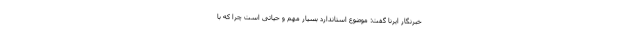
خبرنگار ایرنا گفت: موضوع استاندارد بسیار مهم و حیاتی است چرا که با